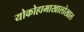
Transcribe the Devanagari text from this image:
योकोहामाखालोखाल